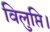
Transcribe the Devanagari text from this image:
विलुप्ति।